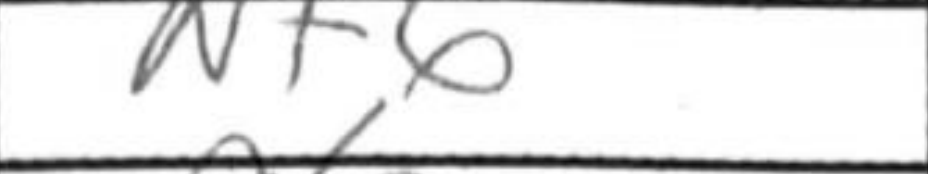
Transcription: Nf6